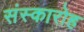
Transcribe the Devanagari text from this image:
संस्कारोह